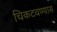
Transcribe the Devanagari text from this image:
चिकटवण्यास